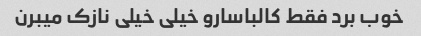
خوب برد فقط کالباسارو خیلی خیلی نازک میبرن